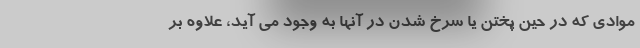
موادی که در حین پختن یا سرخ شدن در آنها به وجود می آید، علاوه بر